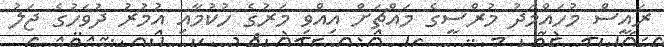
ރައީސް މުހައްމަދު މުރްސީގެ މައްޗަށް އިއްވި މަރުގެ ހުކުމާއި އުމުރު ދުވަހުގެ ޖަލު